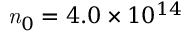
\mathit { n } _ { 0 } = 4 . 0 \times 1 0 ^ { 1 4 }